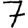
Digit: 7